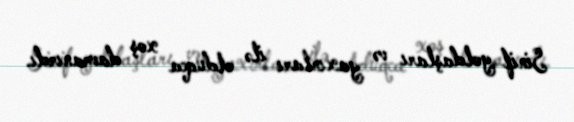
Sinif yoldaşları və yaxınları ilə olduqca xoş davranırdı.